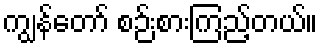
ကျွန်တော် စဉ်းစားကြည့်တယ်။